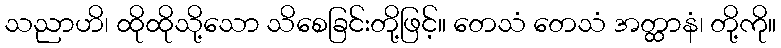
သညာဟိ၊ ထိုထိုသို့သော သိစေခြင်းတို့ဖြင့်။ တေသံ တေသံ အတ္ထာနံ၊ တို့ကို။